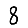
Digit: 8